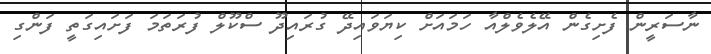
ނާސަރީން ފެށިގެން އޭލެވެލްއާ ހަމައަށް ކިޔަވައިދޭ ގުރައިދޫ ސްކޫލް ފުރަތަމަ ފަށައިގަތީ ފަންގި